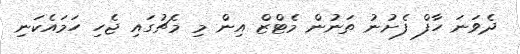
ދެވަނަ ހާފް ފެށުނު ތަނުން މެޓްޒް އިން މި މެޗުގައި ޖެހި ހަމައެކަނި